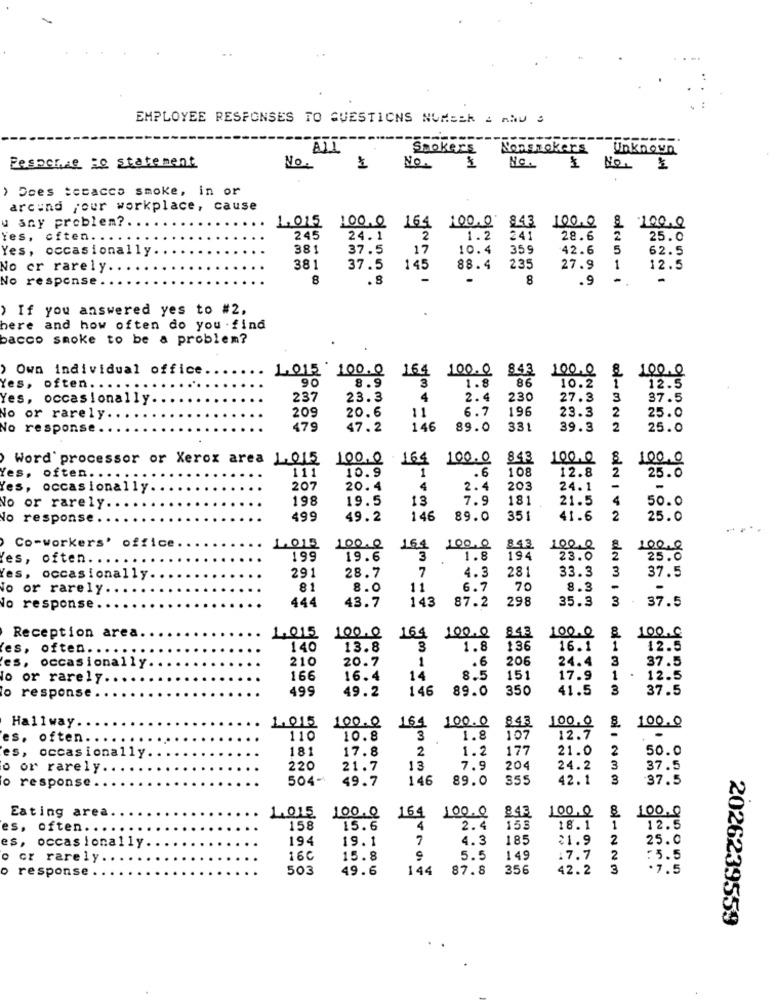
EMPLOYEE RESPONSES TO QUESTIONS NUMBER A AND S
Smokers
Nonsmokers
Unknown
Pesoclue Do statement
No.
No.
No.
No. 1
› Does tobacco smoke, in or
arcund jour workplace, cause
u any problem ?..
100.0
1.015 100.0 164 100.0 843 100.0 8
Yes, often.
245
24.1
2
1.2 241
28.6
2
25.0
Yes, occasionally.
381
37.5
17
10.4
359
42.6
5
62.5
No er rarely.
381
37.5
145
88.4 235
27.9
1
12.5
Conn
No response
8
.8
8
.9
-
) If you answered yes to #2,
here and how often do you .find
bacco smoke to be a problem?
› Own individual office
164 100.0
843
100.0 8 100.0
1,015 100.0
90
8.9
3
1.8
86
Yes, often. .
10.2
12.5
Yes, occasionally.
237
23.3
4
2.4
230
27.3
3
37.5
20.6
11
6.7
196
23.3
No or rarely.
209
2
25.0
No response.
479
47.2
146
89.0
331
39.3
2
25.0
Word processor or Xerox area 1.015 100.0
164 100.0
843
100.0
100.0
111
10.9
1
.6
108
12.8
2
Yes, often. .
25.0
Yes, occasionally
207
20.4
4
2.4
203
24.1
-
-
198
19.5
13
7.9
181
21.5
50.0
No or rarely.
No response.
499
49.2
146
89.0
351
41.6
2
25.0
Co-workers' office
1.013
100.0
164
100.0
843
100.0
100.0
Yes,
often. .
199
19.6
3
1.8
194
23.0
25.0
291
28.7
7
4.3
281
33.3
3
Yes, occasionally.
37.5
To or rarely.
81
8.0
11
6.7
70
8.3
-
444
143
87.2
298
35.3
3
37.5
No response.
43.7
Reception area
1.015
100.0
164
100.0
843
100.0
100.0
es, often. .
140
13.8
1.8
136
16.1
1
12.5
es, occasionally.
210
20.7
1
.6
206
24.4
3
37.5
o or rarely ..
166
16.4
14
8.5
151
17.9
1
.
12.5
499
49.2
146
89.0
350
41.5
3
37.5
o response.
Hallway.
1.015
100.0
843
100.0
164
100.0
100.0
es. often.
110
10.8
3
1.8
107
12.7
es, occasionally.
181
17.8
2
1.2
177
21.0
2
50.0
o or rarely.
220
21.7
13
7.9
204
24.2
3
37.5
o response.
504-
49.7
146
89.0
355
42.1
3
37.5
Eating area
1.015
164
100.0
843
100.0
100.0
100.0
es, often ....
158
15.6
4
2.4
153
18.1
1
12.5
es, occasionally.
194
19.1
7
4.3
185
21.9
2
25.0
o cz rarely
16C
15.8
5.5
149
17.7
2
: 5.5
response
503
49.6
144
87.8
356
42.2
3
.7.5
2026239559